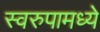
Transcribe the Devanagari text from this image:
स्वरुपामध्ये